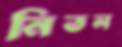
নিতল